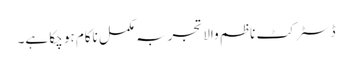
ڈسٹرکٹ ناظم والا تجربہ مکمل ناکام ہو چکا ہے۔